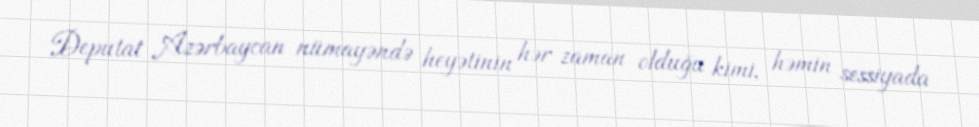
Deputat Azərbaycan nümayəndə heyətinin hər zaman olduğu kimi, həmin sessiyada